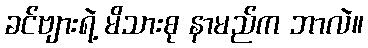
ခင်ဗျားရဲ့ မိသားစု နာမည်က ဘာလဲ။